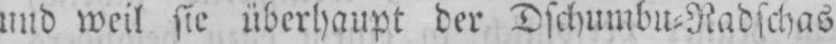
und weil sie überhaupt der Dschumbu⸗Radschas